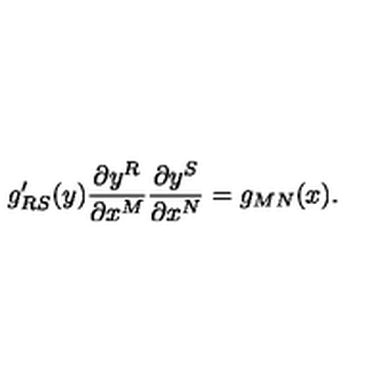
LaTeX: g _ { R S } ^ { \prime } ( y ) \frac { \partial y ^ { R } } { \partial x ^ { M } } \frac { \partial y ^ { S } } { \partial x ^ { N } } = g _ { M N } ( x ) .